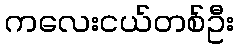
ကလေးငယ်တစ်ဦး